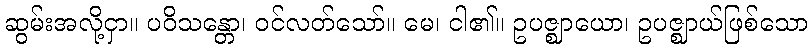
ဆွမ်းအလို့ငှာ။ ပဝိသန္တော၊ ဝင်လတ်သော်။ မေ၊ ငါ၏။ ဥပဇ္ဈာယော၊ ဥပဇ္ဈာယ်ဖြစ်သော